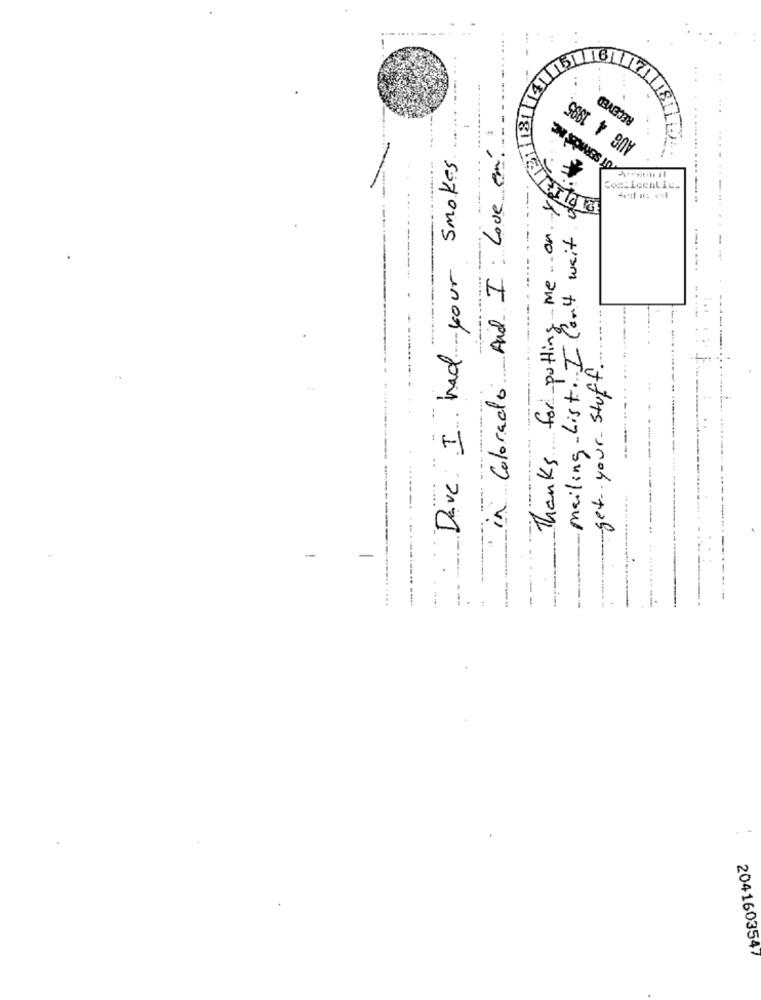
:
81
AUG 4 1995
Dave I had your smokes
in Colorado And I Love
Com_Icentie_
Thanks for putting me .. on
mailing List. I Can't wait
get your Stuff.
..
-
-
2041603547